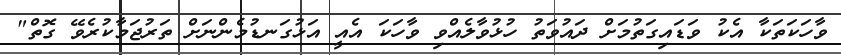
ވާހަކަތަކާ އެކު ވަޑައިގަތުމަށް ދައުވަތު ހުޅުވާލެއްވި ވާހަކަ އެއީ އަޅުގަނޑުމެންނަށް ތަރުޖަމާކުރެވޭ ގޮތް"